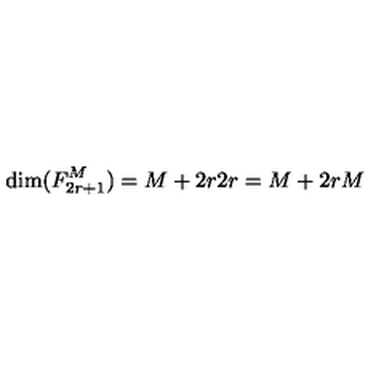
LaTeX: \mathrm { d i m } ( F _ { 2 r + 1 } ^ { M } ) = { \binom { M + 2 r } { 2 r } } = { \binom { M + 2 r } { M } }